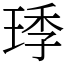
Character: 㻑